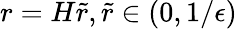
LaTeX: r=H\tilde{r},\tilde{r}\in(0,1/\epsilon)